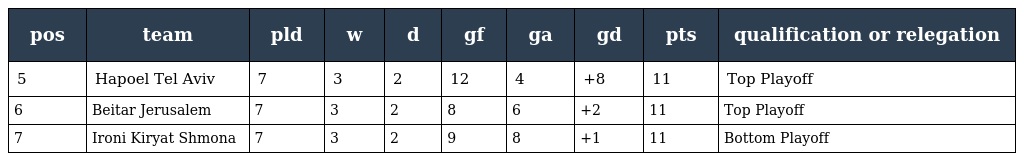
| pos | team | pld | w | d | gf | ga | gd | pts | qualification or relegation |
 | --- | --- | --- | --- | --- | --- | --- | --- | --- | --- |
 | 5 | Hapoel Tel Aviv | 7 | 3 | 2 | 12 | 4 | +8 | 11 | Top Playoff |
 | 6 | Beitar Jerusalem | 7 | 3 | 2 | 8 | 6 | +2 | 11 | Top Playoff |
 | 7 | Ironi Kiryat Shmona | 7 | 3 | 2 | 9 | 8 | +1 | 11 | Bottom Playoff |